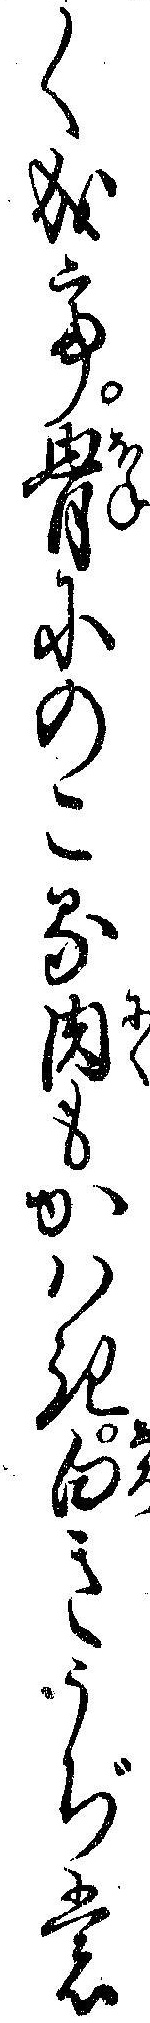
く成て骨にのこる肉もかハき白きうぢも